Report on vaccination in Madras 1904-1921 - 1904-1921
Year: 1904
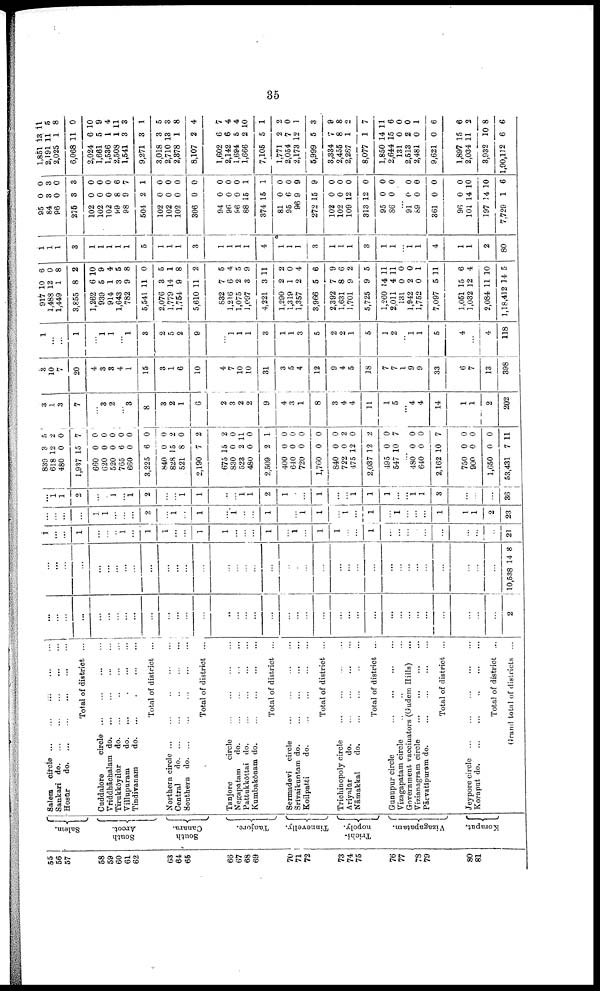
35
55
56
57
58
59
60
61
62
63
64
66
66
67
68
69
70
71
72
73
74
75
76
77
78
79
80
81
Salem.
South
Arcot.
South
Canara.
Tanjore.
Tinnevelly.
Trichi-
nopoly.
Vizagapatam.
Koraput.
Salem circle
... ... ... ... ...
Sankari d
o
. ... ... ... ... ...
Hosūr
d
o
. ... ... ... ... ...
Total of district ...
Cuddalore
circle. ... ... ... ...
Vriddhāchalam d
o
. ... ... ... ...
Tirukkōyilūr
do.
...
...
...
...
Villupuram
do.
...
...
...
...
Tindivanam
do.
...
...
...
...
Total of district ...
Northern circle
...
...
...
...
Central
d
o
. ... ... ... ... ...
Southern do. ... ... ... ... ...
Total of district ...
Tanjore
circle
...
...
...
...
Negapatam
do.
...
...
...
...
Pattnkkottai do.
...
...
...
...
Kumbakōnam do.
...
...
...
...
Total of district ...
Sermadevi circle
...
...
...
...
Srivaikuntam do.
...
...
...
...
Koilpatti
do.
...
...
...
...
Total of district ...
Trichinopoly circle ... ... ... ...
Ariyalūr
do.
...
...
...
...
Nāmakkal
do. ... ... ... ...
Total of district ...
Gunupur circle
...
...
...
...
Vizagapatam circle ... ... ... ...
Government vaccinators (Gudem Hills)...
Vizianagram circle
...
...
...
...
Pārvatipuram do.
...
...
...
...
Total of district ...
Jeypore circle
...
...
...
...
...
Koraput do
. ... ... ... ... ...
Total of district ...
Grand total of districts ...
...
...
...
...
...
...
...
...
...
...
...
...
...
...
...
...
...
...
...
...
...
...
...
...
...
...
...
...
...
...
...
...
...
...
...
...
2
...
...
...
...
...
...
...
...
...
...
...
...
...
...
...
...
...
...
...
...
...
...
...
...
...
...
...
...
...
...
...
...
...
...
...
...
10,538 14 8
1
...
...
1
...
...
...
1
...
1
1
...
...
1
1
...
...
...
1
...
1
...
1
1
...
...
1
...
...
...
...
...
...
...
...
...
21
...
...
...
...
1
1
...
...
...
2
...
1
...
1
...
1
...
...
1
...
...
1
1
...
1
...
1
...
1
...
...
...
1
1
1
2
23
...
1
1
2
...
...
1
...
1
2
...
...
1
1
...
...
1 1
2
1
...
...
1
...
...
1
1
1
...
...
1 1
3
...
...
...
36
839
618
480
1,937
660
620
520
765
660
3,225
840
828
521
2,190
675
830
523
480
2,509
400
640
720
1,760
840
722
475
2,037
495
547
3
12
0
15
0
0
0
6
0
6
0
15
8
7
15
0
2
0
2
0
0
0
0
0
0
12
12
0
10
5
2
0
7
0
0
0
0
0
0
0
2
0
2
2
0
11
0
1
0
0
0
0
0
2
0
2
0
7
...
480
640
2,162
750
900
1,650
53,431
0
0
10
0
0
0
7
0
0
7
1
0
0
11
3
1
3
7
...
3
2
...
3
8
3
2
1
6
2
3
2
2
9
4
3
1
8
3
4
4
11
1
5
...
4
4
14
1
1
2
202
3
10
7
20
4
3
3
4
1
15
3
1
6
10
4
7
10
10
31
3
5
4
12
9
4
5
18
7
7
1
9
9
33
6
7
13
398
1
...
...
1
...
1
1
...
1
3
2
5
2
9
...
1
1
1
3
1
1
3
5
2
2
1
5
1
2
...
1
1
5
4
...
4
118
917
1,488
1,449
3,855
1,262
939
914
1,643
782
5,541
2,076
1,779
1,754
5,610
832
1,216
1,075
1,097
4,221
1,290
1,319
1,357
3,966
2,392
1,631
1,701
5,725
1,260
2,011
131
1,942
1,752
7,097
1,051
1,032
2,084
1,18,412
10
12
1
8
6
5
1
3
9
11
3
14
9
11
7
6
2
3
3
2
1
2
5
7
8
9
9
14
4
0
2
0
5
15
12
11
14
6
0
8
2
10
9
4
5
8
0
5
1
8
2
5
4
5
9
11
2
0
4
6
9
6
2
5
11
11
0
0
1
11
6
4
10
5
1
1
1
3
1
1
1
1
1
5
1
1
1
3
1
1
1
1
4
1 1
1
1
3
1
1
1
3
1
1
...
1 1
4
1
1
2
80
95
84
96
275
102
102
102
99
98
504
102
102
102
306
94
96
96
88
374
81
95
96
272
102
102
109
313
95
86
0
3
0
3
0
0
0
8
9
2
0
0
0
0
0
0
0
15
16
0
6
9
15
0
0
12
12
0
0
0
3
0
3
0
0
0
6
7
1
0
0
0
0
0
0
0
1
1
0
0
9
9
0
0
0
0
0
0
...
91
89
361
96
101
197 3
7,729
0
0
0
0
14
14
1
0
0
0
0
10
10
6
1,851
2,191
2,025
6,068
2,024
1,661
1,536
2,508
1,541
9,271
3,018
2,710
2,378
8,107
1,602
2,142
1,694
1,666
7,105
1,771
2,054
2,173
6,999
3,334
2,455
2,287
8,077
1,850
2,644
131
2,513
2,481
9,621
1,897
2,034
3,932
1,90,112
13
11
1
11
6
5
1
1
3
3
3
13
1
2
6
6
5
2
5
2
7
12
5
7
8
1
1
14
15
0
2
0
0
15
11
10
6
11
5
8
0
10
9
4
11
3
1
5
3
8
4
7
4
4
10
1
2
0
1
3
9
8
2
7
11
6
0
0
1
6
6
2
8
6